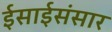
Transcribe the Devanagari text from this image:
ईसाईसंसार